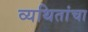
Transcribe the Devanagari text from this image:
व्यथितांचा